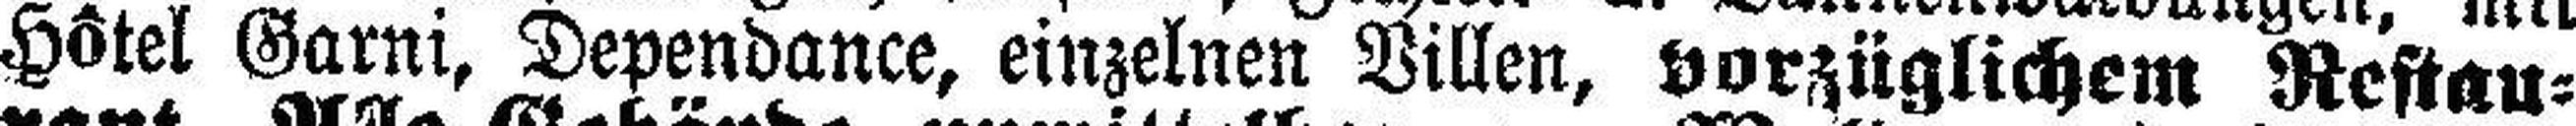
Hôtel Garni, Dependance, einzelnen Villen, vorzüglichem Restau¬